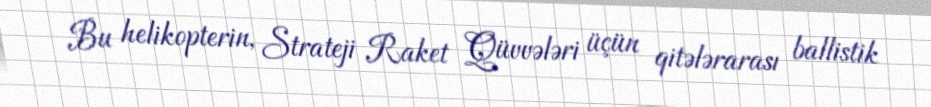
Bu helikopterin, Strateji Raket Qüvvələri üçün qitələrarası ballistik